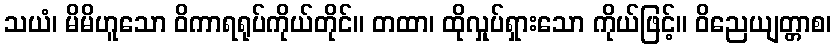
သယံ၊ မိမိဟူသော ဝိကာရရုပ်ကိုယ်တိုင်။ တထာ၊ ထိုလှုပ်ရှားသော ကိုယ်ဖြင့်။ ဝိညေယျတ္တာစ၊